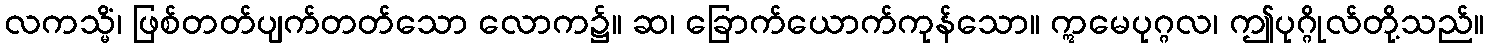
လကသ္မိံ၊ ဖြစ်တတ်ပျက်တတ်သော လောက၌။ ဆ၊ ခြောက်ယောက်ကုန်သော။ ဣမေပုဂ္ဂလ၊ ဤပုဂ္ဂိုလ်တို့သည်။